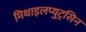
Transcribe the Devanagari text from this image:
मिथाइलप्युट्रसिन